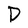
Character: D